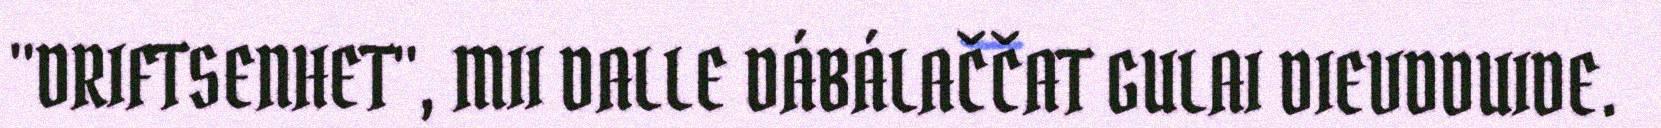
"DRIFTSENHET", MII DALLE DÁBÁLAČČAT GULAI DIEVDDUIDE.